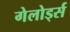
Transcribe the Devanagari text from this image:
गेलोर्ड्स